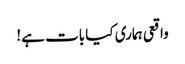
واقعی ہماری کیا بات ہے!